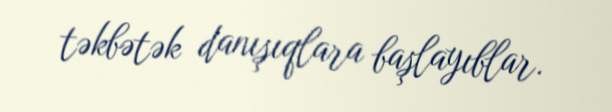
təkbətək danışıqlara başlayıblar.